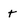
Character: t